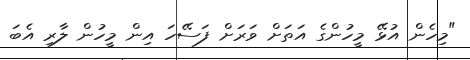
"މިހެން އުޅޭ މީހުންގެ އަތަށް ވަރަށް ފަސޭހަ އިން މީހުން ލާރި އެބަ